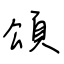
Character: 頌